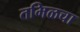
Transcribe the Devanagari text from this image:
तमिळचा